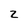
Character: 2